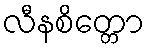
လီနစိတ္တော